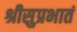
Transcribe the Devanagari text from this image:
श्रीसुप्रभातं